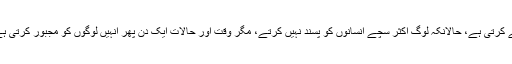
سچا انسان وہ ہے، جو ہر عمل، مخلصی و ایمانداری سے کرتی ہے، حالانکہ لوگ اکثر سچے انسانوں کو پسند نہیں کرتے، مگر وقت اور حالات ایک دن پھر انہیں لوگوں کو مجبور کرتی ہے کہ وہ اسی انسان کا ساتھ دیں، جو سچا اور حقیقت ہے۔